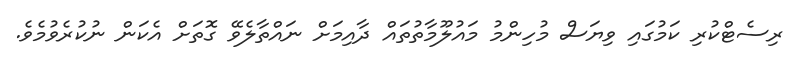
ރިސެޓްކުރި ކަމުގައި ވިޔަސް މުހިންމު މައުލޫމާތުތައް ދާއިމަށް ނައްތާލެވޭ ގޮތަށް އެކަން ނުކުރެވުމެވެ.